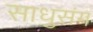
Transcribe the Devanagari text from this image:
साधुसंग